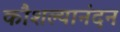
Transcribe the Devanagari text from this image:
कौशल्यानंदन